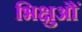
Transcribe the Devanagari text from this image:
भिक्षुऔं